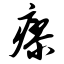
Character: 瘳